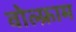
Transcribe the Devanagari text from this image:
वोल्फ्राम